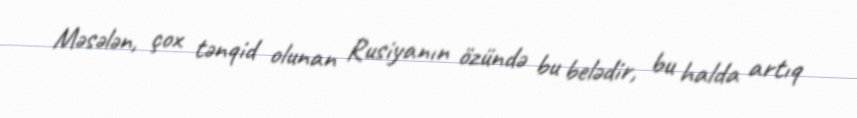
Məsələn, çox tənqid olunan Rusiyanın özündə bu belədir, bu halda artıq